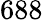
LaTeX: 688